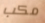
مكب